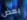
بعض